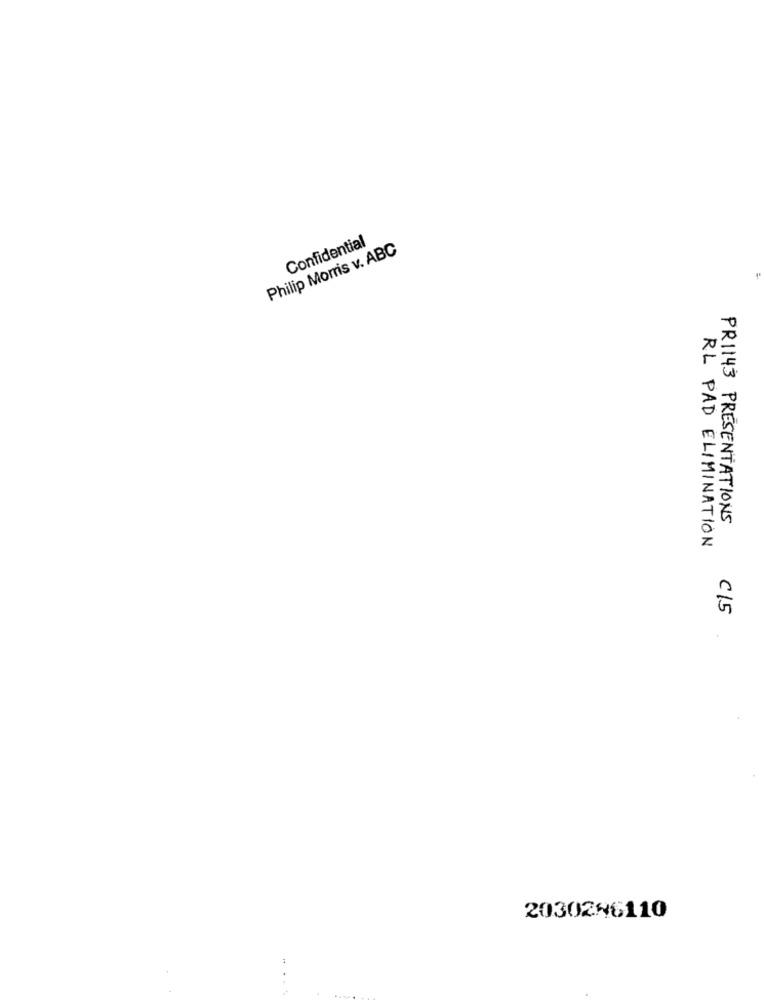
Confidential
Philip Morris v. ABC
PRI143 PRESENTATIONS
RL PAD ELIMINATION
C15
2030286110